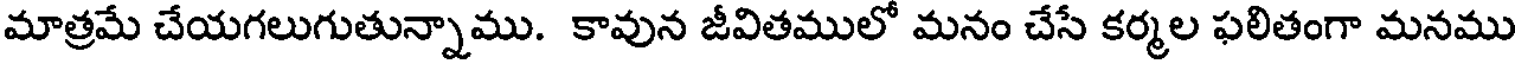
మాత్రమే చేయగలుగుతున్నాము. కావున జీవితములో మనం చేసే కర్మల ఫలితంగా మనము